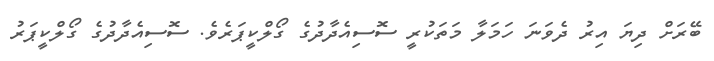
ބޭރަށް ދިޔަ އިރު ދެވަނަ ހަމަލާ މަތަކުރީ ސޮސިއެދާދުގެ ގޯލްކީޕަރެވެ. ސޮސިއެދާދުގެ ގޯލްކީޕަރު